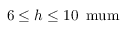
6 \leq h \leq 1 0 \, \mathrm { { \ m u m } }